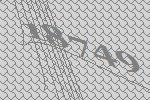
18749